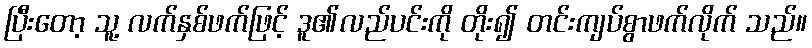
ပြီးတော့ သူ့ လက်နှစ်ဖက်ဖြင့် ဒူ၏လည်ပင်းကို တိုး၍ တင်းကျပ်စွာဖက်လိုက် သည်။